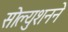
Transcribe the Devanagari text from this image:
सोल्युशनने